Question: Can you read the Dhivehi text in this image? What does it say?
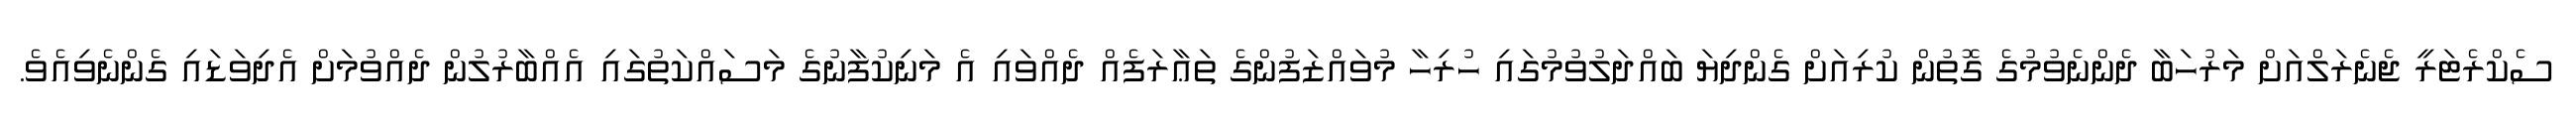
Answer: ސެކްރެޓަރީ ޖެނެރަލްއަށް މަރުހަބާ ދެންނެވުމުގެ ގޮތުން ކުރިއަށް ގެންދިޔަ ބައްދަލުވުމުގައި ހުރިހާ މުވައްޒަފުންގެ ތަޢާރަފެއް ދެއްވައި އެ މަނިކުފާނުގެ މަސައްކަތުގައި އެއްބާރުލުން ދެއްވުމަށް އެދިވަޑައި ގެންނެވިއެވެ.